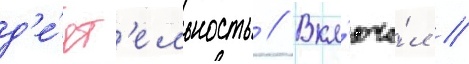
д'е́ят'ельность // Вкл'юча́л //